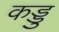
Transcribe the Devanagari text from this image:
कड्डु